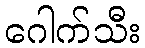
ဂေါက်သီး